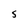
Character: S